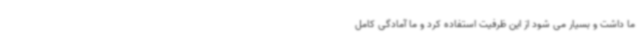
ما داشت و بسیار می شود از این ظرفیت استفاده کرد و ما آمادگی کامل